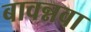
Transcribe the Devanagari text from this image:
बावन्नवा